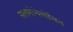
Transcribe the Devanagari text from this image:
सलमोनेलोसिन